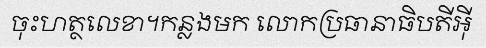
ចុះហត្ថលេខា។កន្លងមក លោកប្រធានាធិបតីអ៊ី